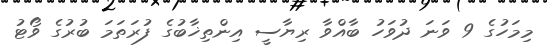
މިމަހުގެ 9 ވަނަ ދުވަހު ބާއްވާ ރިޔާސީ އިންތިޚާބުގެ ފުރަތަމަ ބުރުގެ ވޯޓު